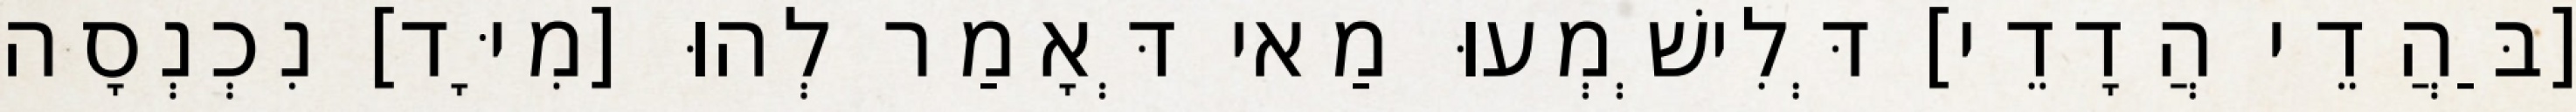
[בַּהֲדֵי הֲדָדֵי] דְּלִישְׁמְעוּ מַאי דְּאָמַר לְהוּ [מִיָּד] נִכְנְסָה